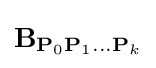
\mathbf {B} _{\mathbf {P} _{0}\mathbf {P} _{1}\ldots \mathbf {P} _{k}}